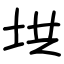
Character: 垬